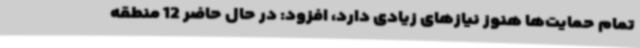
تمام حمایت‌ها هنوز نیازهای زیادی دارد، افزود: در حال حاضر 12 منطقه